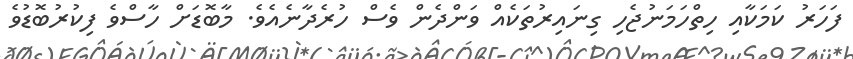
ފަހަރު ކަމަކާއި ހިތްހަމަނުޖެހި ގިނައިރުތަކެއް ވަންދެން ވެސް ހުރެދާނެއެވެ. މާބޮޑަށް ހާސްވެ ފިކުރުބޮޑުވެ